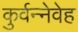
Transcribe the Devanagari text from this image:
कुर्वन्नेवेह